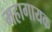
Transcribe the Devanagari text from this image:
महागायक